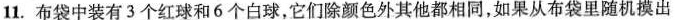
11.布袋中装有3个红球和6个白球，它们除颜色外其他都相同，如果从布袋里随机摸出